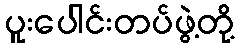
ပူးပေါင်းတပ်ဖွဲ့တို့